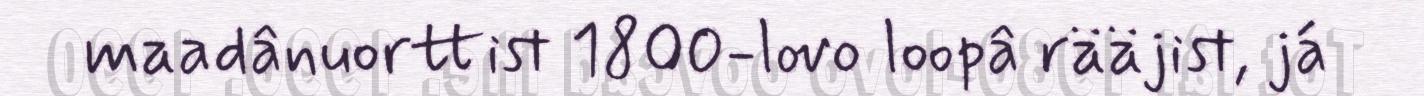
maadânuorttist 1800-lovo loopâ rääjist, já